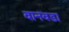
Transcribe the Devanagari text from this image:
वानवडा